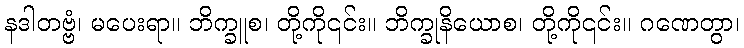
နဒါတဗ္ဗံ၊ မပေးရာ။ ဘိက္ခူစ၊ တို့ကို၎င်း။ ဘိက္ခုနိယောစ၊ တို့ကို၎င်း။ ဂဏေတွာ၊